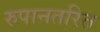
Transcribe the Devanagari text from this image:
रुपानतरित